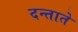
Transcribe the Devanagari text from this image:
दन्ताते